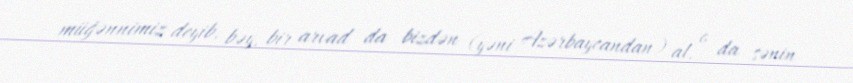
müğənnimiz deyib, bəy, bir arvad da bizdən (yəni Azərbaycandan) al, o da sənin